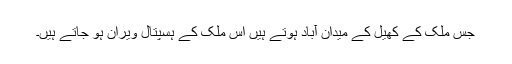
جس ملک کے کھیل کے میدان آباد ہوتے ہیں اس ملک کے ہسپتال ویران ہو جاتے ہیں۔